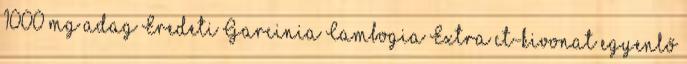
1000 mg adag Eredeti Garcinia Cambogia Extra ct-kivonat egyenlő